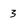
Character: 3